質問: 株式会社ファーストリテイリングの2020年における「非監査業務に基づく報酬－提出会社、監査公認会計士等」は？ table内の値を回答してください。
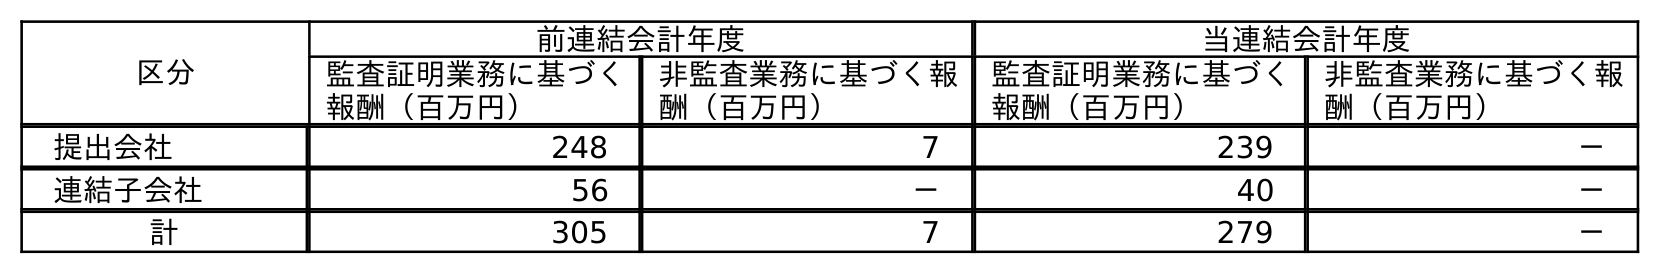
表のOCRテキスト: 区分 前連結会計年度 当連結会計年度 監査証明業務に基づく 報酬（百万円） 非監査業務に基づく報 酬（百万円） 監査証明業務に基づく 報酬（百万円） 非監査業務に基づく報 酬（百万円） 提出会社 248 7 239 － 連結子会社 56 － 40 － 計 305 7 279 －
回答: －